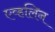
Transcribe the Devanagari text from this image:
एव्हलिन